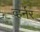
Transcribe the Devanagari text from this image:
व्हर्नर